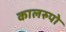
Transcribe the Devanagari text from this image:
कालरुपो